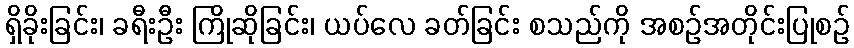
ရှိခိုးခြင်း၊ ခရီးဦး ကြိုဆိုခြင်း၊ ယပ်လေ ခတ်ခြင်း စသည်ကို အစဉ်အတိုင်းပြုစဉ်